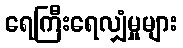
ရေကြီးရေလျှံမှုများ